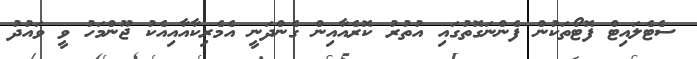
ސެޓެލައިޓް ފޮޓޯތަކުން ފެންނަގޮތުގައި އުތުރު ކޮރެއާއިން ގެންދަނީ އެމެރިކާއާއިއެކު ޖޫންމަހު ވީ ވައުދު